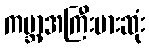
ကမ္ဘာ့အကြီးမားဆုံး